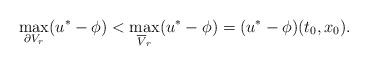
LaTeX: \begin{align*}\max_{\partial V_r} (u^*-\phi)<\max_{\overline V_r} (u^*-\phi)=(u^*-\phi)(t_0,x_0).\end{align*}